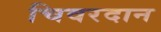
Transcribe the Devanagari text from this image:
चिवरदान